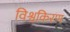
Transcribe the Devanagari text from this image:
विश्वकिरण